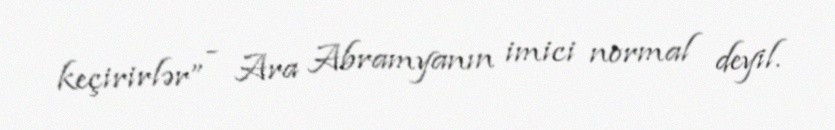
keçirirlər” - Ara Abramyanın imici normal deyil.